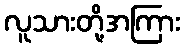
လူသားတို့အကြား